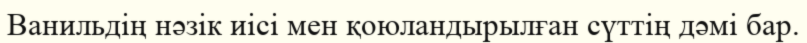
Ванильдің нәзік иісі мен қоюландырылған сүттің дәмі бар.